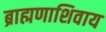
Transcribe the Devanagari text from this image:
ब्राह्मणाशिवाय